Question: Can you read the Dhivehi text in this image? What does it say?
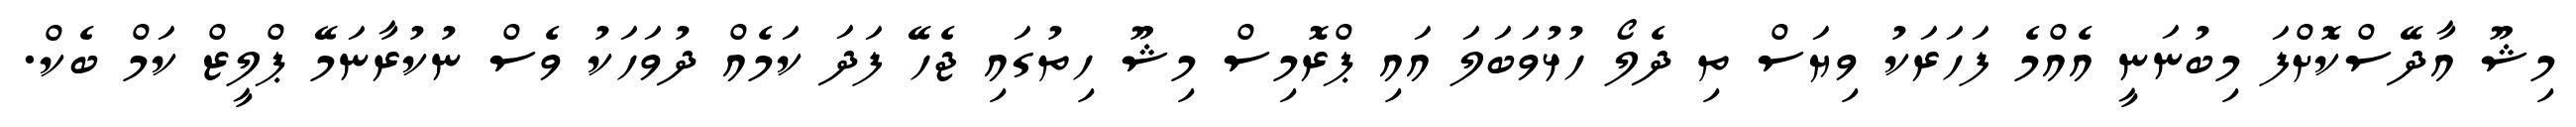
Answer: މިޝޫ އާދޭސްކޮށްފަ މިބުނަނީ އެއްމެ ފަހަރަކު ވިޔަސް ތި ދެލޯ ހުޅުވަބަލަ އައި ޕްރޮމިސް މިޝޫ ހިތުގައި ޖެހޭ ފަދަ ކަމެއް ދުވަހަކު ވެސް ނުކުރާނަމޭ ޕްލީޒް ކަމް ބެކް.